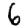
Digit: 6